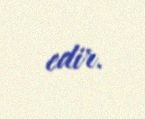
edir.